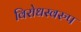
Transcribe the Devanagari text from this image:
विरोधस्वरुप